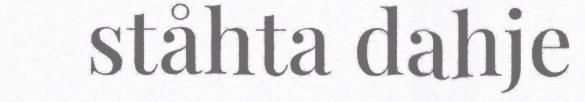
ståhta dahje